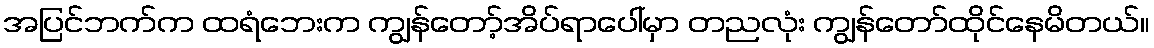
အပြင်ဘက်က ထရံဘေးက ကျွန်တော့်အိပ်ရာပေါ်မှာ တညလုံး ကျွန်တော်ထိုင်နေမိတယ်။